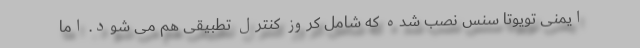
ایمنی تویوتا سنس نصب شده که شامل کروز کنترل تطبیقی هم می شود. اما